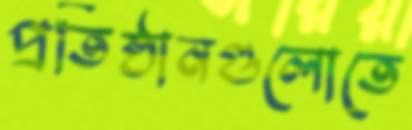
প্রতিষ্ঠানগুলোতে